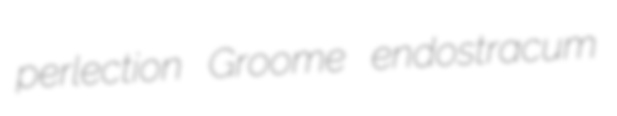
perlection Groome endostracum